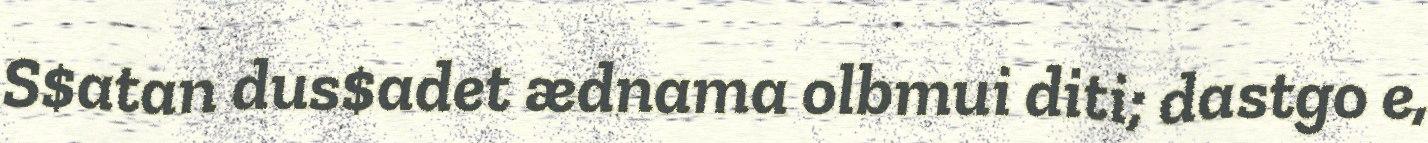
S$atan dus$adet ædnama olbmui diti; dastgo e,